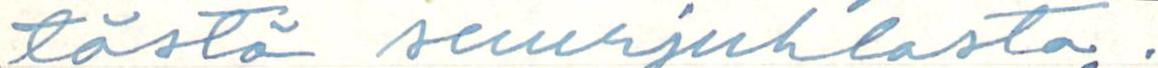
tästä suurjuhlasta .